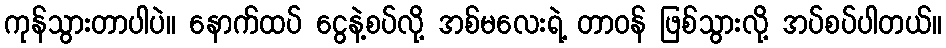
ကုန်သွားတာပါပဲ။ နောက်ထပ် ငွေနဲ့စပ်လို့ အစ်မလေးရဲ့ တာဝန် ဖြစ်သွားလို့ အပ်စပ်ပါတယ်။